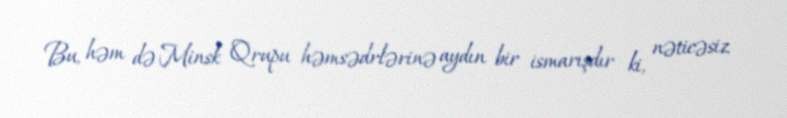
Bu, həm də Minsk Qrupu həmsədrlərinə aydın bir ismarışdır ki, nəticəsiz